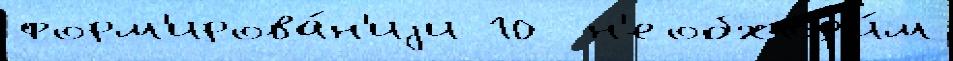
форм'ирова́н'иjи 10  н'еобход'и́м